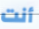
أنت